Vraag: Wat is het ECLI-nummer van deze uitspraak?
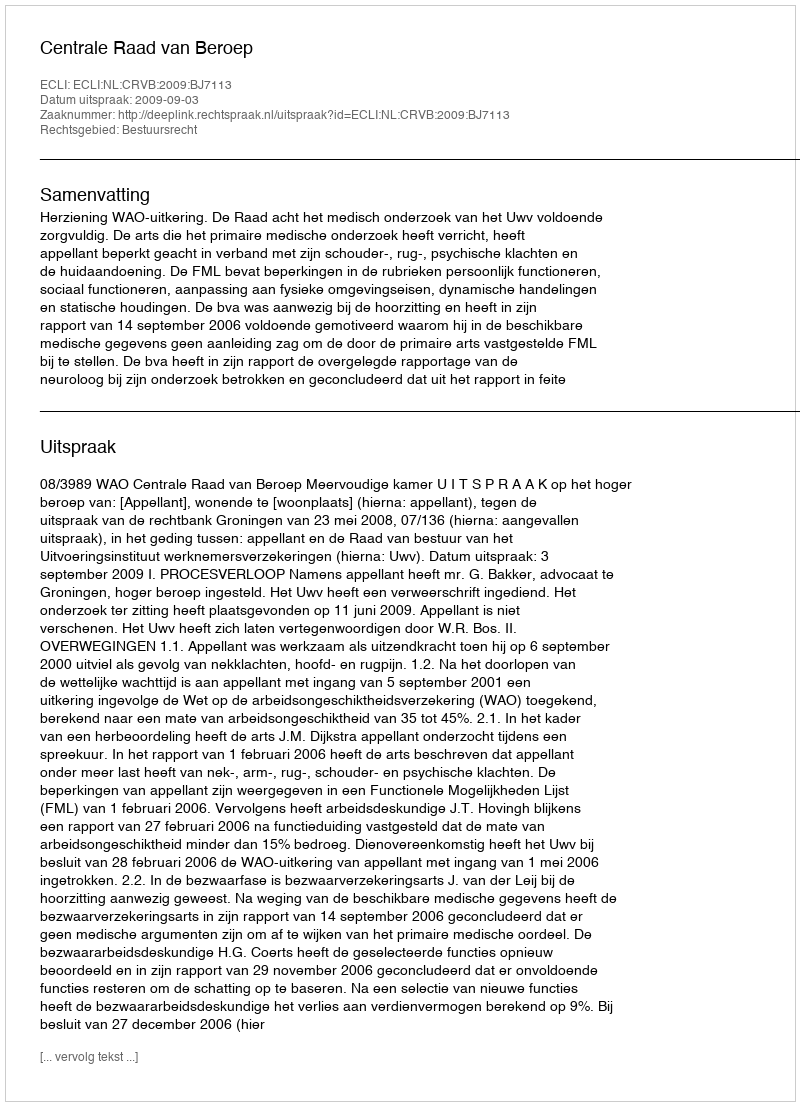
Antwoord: ECLI:NL:CRVB:2009:BJ7113